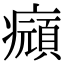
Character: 𤻆